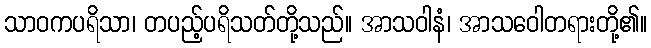
သာဝကပရိသာ၊ တပည့်ပရိသတ်တို့သည်။ အာသဝါနံ၊ အာသဝေါတရားတို့၏။